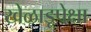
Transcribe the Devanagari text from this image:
खेळाडूपेक्षा